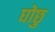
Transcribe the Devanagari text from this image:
घोछु